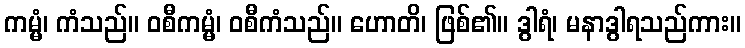
ကမ္မံ၊ ကံသည်။ ဝစီကမ္မံ၊ ဝစီကံသည်။ ဟောတိ၊ ဖြစ်၏။ ဒွါရံ၊ မနာဒွါရသည်ကား။